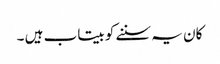
کان یہ سننے کو بیتاب ہیں ۔